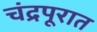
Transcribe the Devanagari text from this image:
चंद्रपूरात